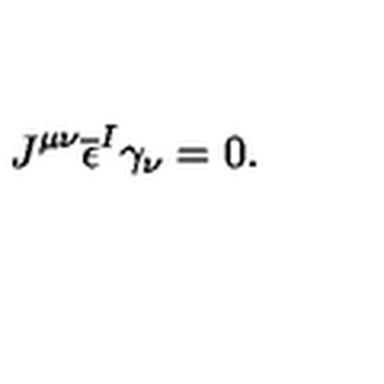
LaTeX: J ^ { \mu \nu } \overline { { \epsilon } } ^ { I } \gamma _ { \nu } = 0 .